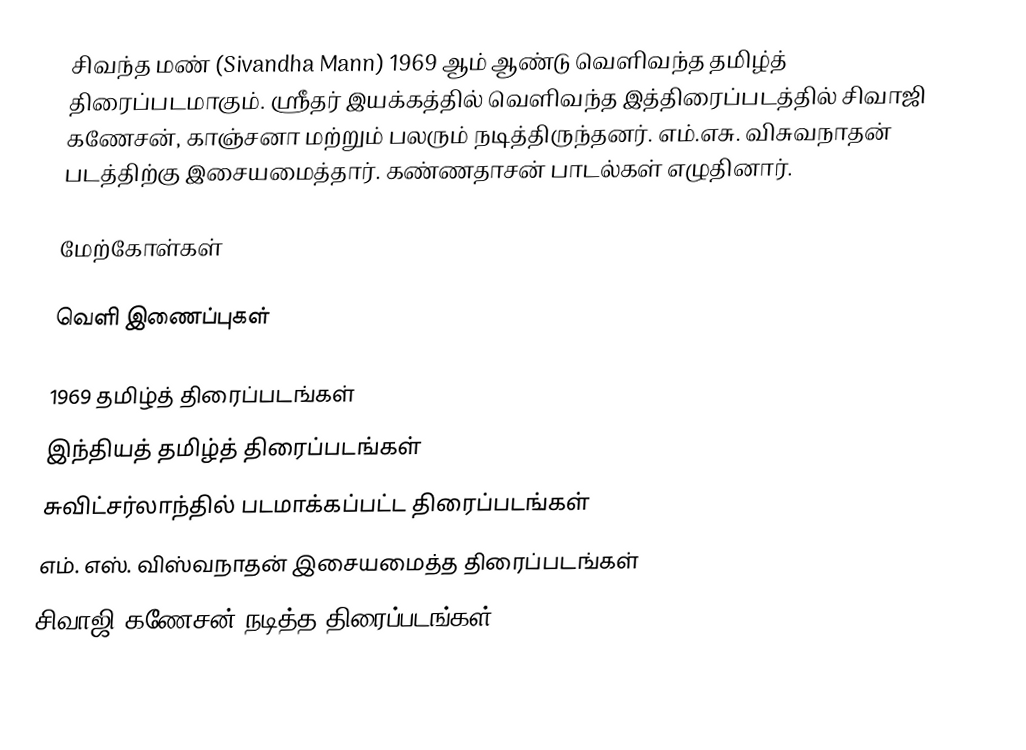
சிவந்த மண் (Sivandha Mann) 1969 ஆம் ஆண்டு வெளிவந்த தமிழ்த் திரைப்படமாகும். ஶ்ரீதர் இயக்கத்தில் வெளிவந்த இத்திரைப்படத்தில் சிவாஜி கணேசன், காஞ்சனா மற்றும் பலரும் நடித்திருந்தனர். எம்.எசு. விசுவநாதன் படத்திற்கு இசையமைத்தார். கண்ணதாசன் பாடல்கள் எழுதினார்.

மேற்கோள்கள்

வெளி இணைப்புகள்

1969 தமிழ்த் திரைப்படங்கள்
இந்தியத் தமிழ்த் திரைப்படங்கள்
சுவிட்சர்லாந்தில் படமாக்கப்பட்ட திரைப்படங்கள்
எம். எஸ். விஸ்வநாதன் இசையமைத்த திரைப்படங்கள்
சிவாஜி கணேசன் நடித்த திரைப்படங்கள்